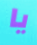
يا